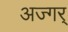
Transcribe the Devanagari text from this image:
अज्गर्